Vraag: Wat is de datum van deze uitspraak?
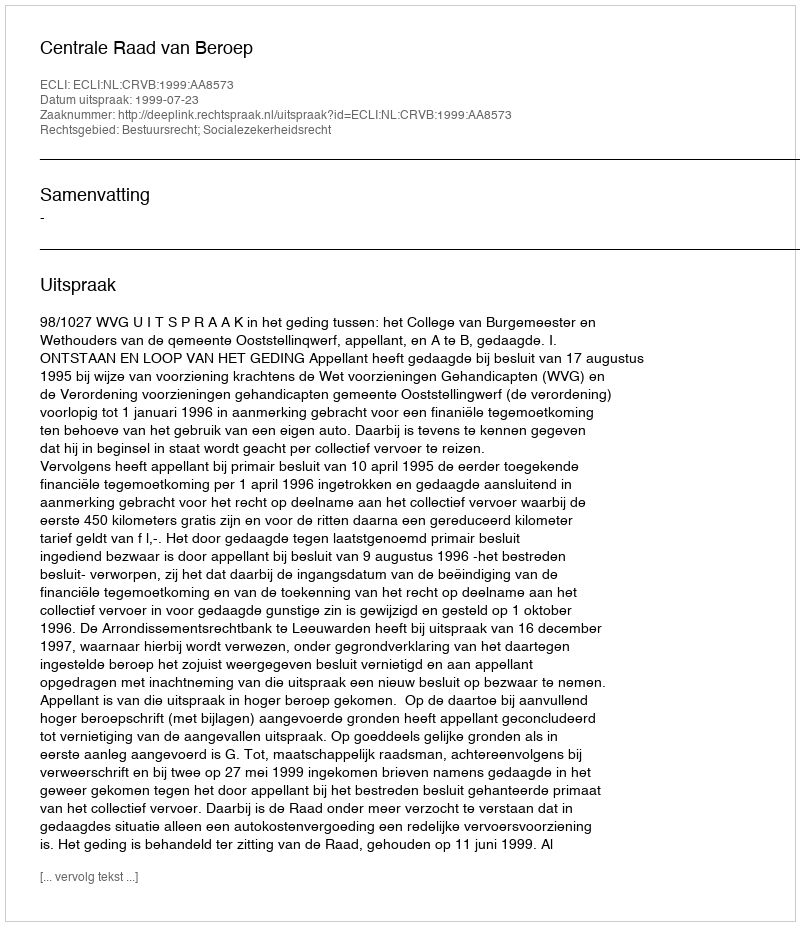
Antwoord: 1999-07-23